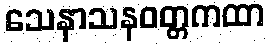
သေနာသနဝတ္တကထာ